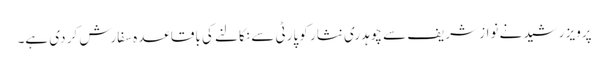
پرویز رشید نے نواز شریف سے چوہدری نثار کو پارٹی سے نکالنے کی باقاعدہ سفارش کر دی ہے۔